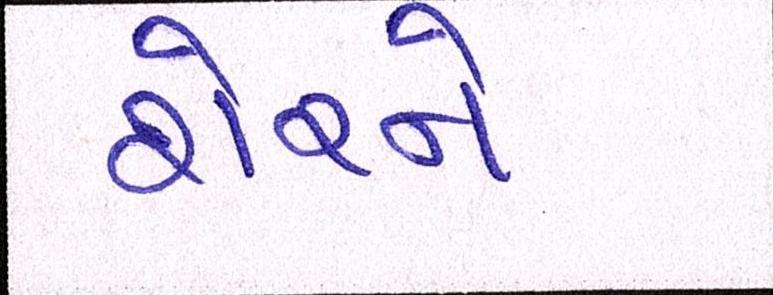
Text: શેરને